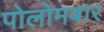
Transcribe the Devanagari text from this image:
पोलोमबार